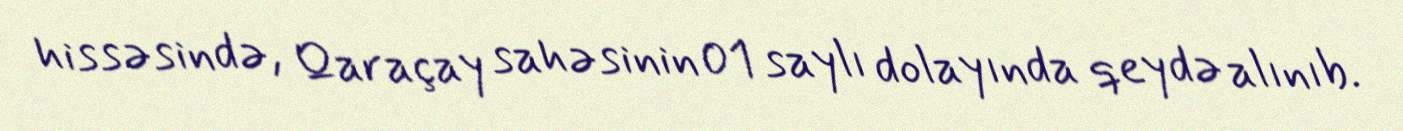
hissəsində, Qaraçay sahəsinin 01 saylı dolayında qeydə alınıb.